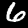
Digit: 6